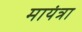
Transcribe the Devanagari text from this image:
मायंत्रा